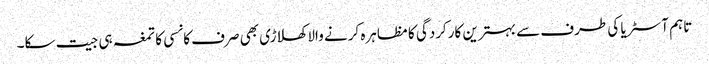
تاہم آسٹریا کی طرف سے بہترین کارکردگی کا مظاہرہ کرنے والا کھلاڑی بھی صرف کانسی کا تمغہ ہی جیت سکا۔